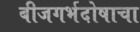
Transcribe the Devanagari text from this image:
बीजगर्भदोषाचा